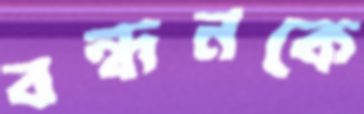
বন্ধনকে